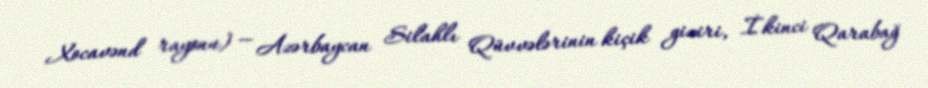
Xocavənd rayonu) — Azərbaycan Silahlı Qüvvələrinin kiçik giziri, İkinci Qarabağ